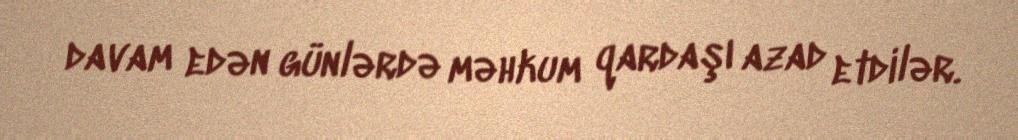
davam edən günlərdə məhkum qardaşı azad etdilər.